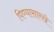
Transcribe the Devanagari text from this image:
पिण्यासारखे